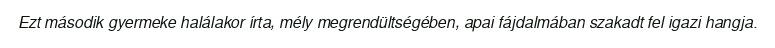
Ezt második gyermeke halálakor írta, mély megrendültségében, apai fájdalmában szakadt fel igazi hangja.